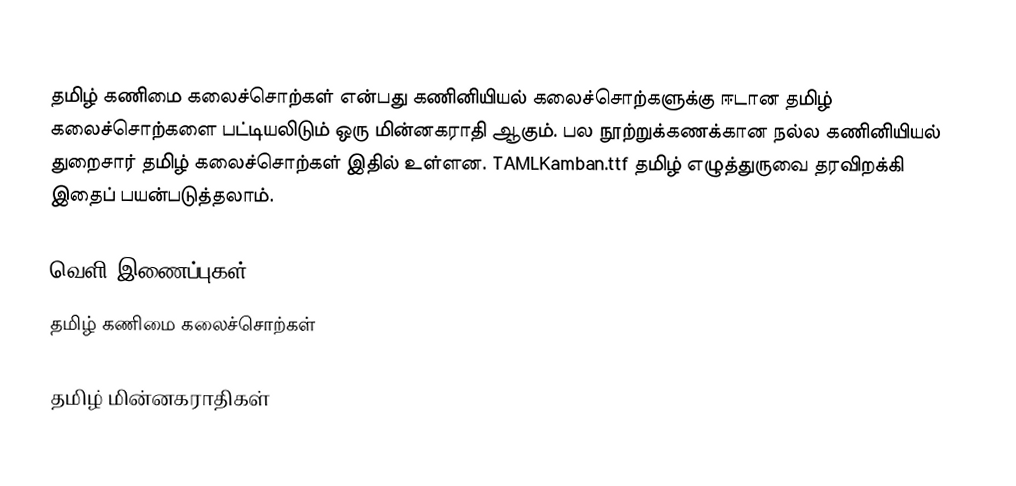
தமிழ் கணிமை கலைச்சொற்கள் என்பது கணினியியல் கலைச்சொற்களுக்கு ஈடான தமிழ் கலைச்சொற்களை பட்டியலிடும் ஒரு மின்னகராதி ஆகும்.  பல நூற்றுக்கணக்கான நல்ல கணினியியல் துறைசார் தமிழ் கலைச்சொற்கள் இதில் உள்ளன.  TAMLKamban.ttf தமிழ் எழுத்துருவை தரவிறக்கி இதைப் பயன்படுத்தலாம்.

வெளி இணைப்புகள்
 தமிழ் கணிமை கலைச்சொற்கள்

தமிழ் மின்னகராதிகள்